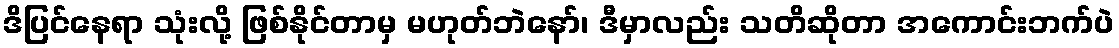
ဒိပြင်နေရာ သုံးလို့ ဖြစ်နိုင်တာမှ မဟုတ်ဘဲနော်၊ ဒီမှာလည်း သတိဆိုတာ အကောင်းဘက်ပဲ